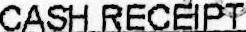
CASH RECEIPT